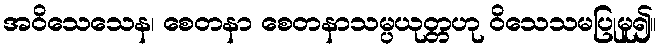
အဝိသေသေန၊ စေတနာ စေတနာသမ္ပယုတ္တဟု ဝိသေသမပြုမူ၍။